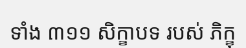
ទាំង ៣១១ សិក្ខាបទ របស់ ភិក្ខុ